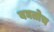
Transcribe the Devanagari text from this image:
बघतोच